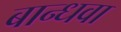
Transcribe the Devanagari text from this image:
बान्धवा